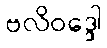
ဗလိဝဒ္ဒေါ